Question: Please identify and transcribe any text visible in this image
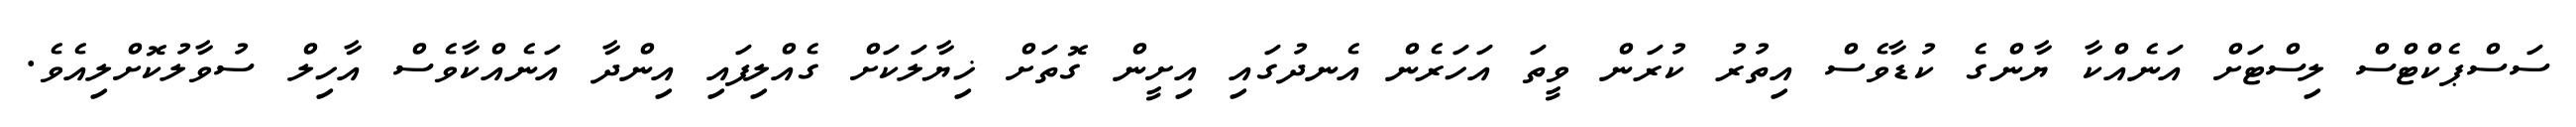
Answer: ސަސްޕެކްޓްސް ލިސްޓަށް އަނެއްކާ ޔާންގެ ކުޑާވެސް އިތުރު ކުރަން ވީތަ އަހަރެން އެނދުގައި އިށީން ގޮތަށް ޚިޔާލަކަށް ގެއްލިފައި އިންދާ އަނެއްކާވެސް އާހިލް ސުވާލުކޮށްލިއެވެ.